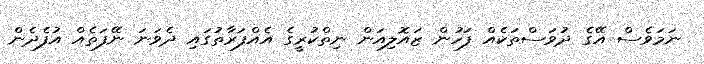
ނަމަވެސް އޭގެ ދުވަސްތަކެއް ފަހުން ޒައޮލިއަން ނިތްކުރީގެ އެއްފަރާތުގައި ދެވަނަ ނޭފަތެއް އުފެދެން